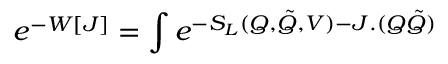
e ^ { - W [ J ] } = \int e ^ { - S _ { L } ( Q , \tilde { Q } , V ) - J . ( Q \tilde { Q } ) }